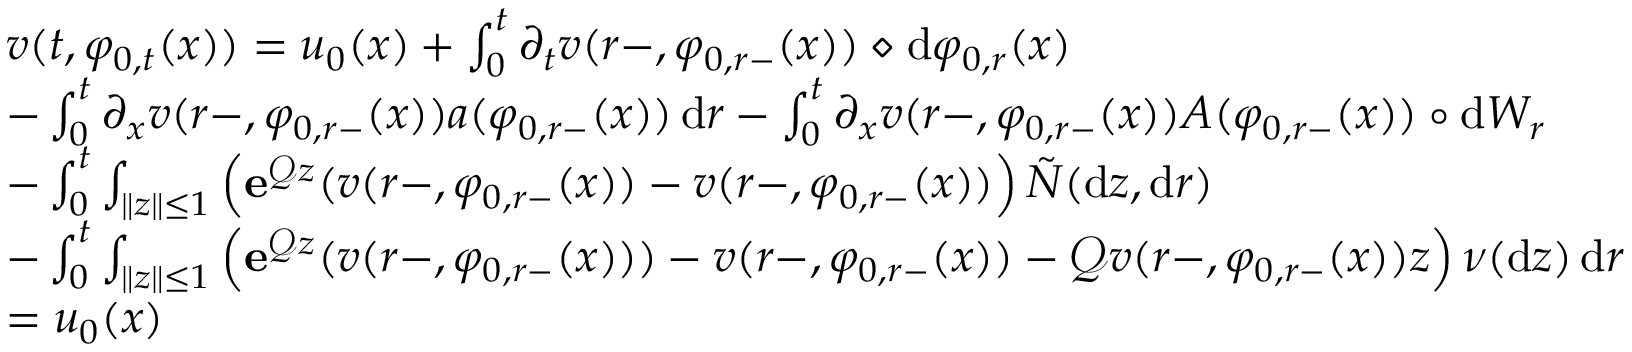
\begin{array} { r l } & { v ( t , \varphi _ { 0 , t } ( x ) ) = u _ { 0 } ( x ) + \int _ { 0 } ^ { t } \partial _ { t } v ( r - , \varphi _ { 0 , r - } ( x ) ) \diamond \mathrm { d } \varphi _ { 0 , r } ( x ) } \\ & { - \int _ { 0 } ^ { t } \partial _ { x } v ( r - , \varphi _ { 0 , r - } ( x ) ) a ( \varphi _ { 0 , r - } ( x ) ) \, \mathrm { d } r - \int _ { 0 } ^ { t } \partial _ { x } v ( r - , \varphi _ { 0 , r - } ( x ) ) A ( \varphi _ { 0 , r - } ( x ) ) \circ \mathrm { d } W _ { r } } \\ & { - \int _ { 0 } ^ { t } \int _ { \| z \| \leq 1 } \Big ( \mathbf { e } ^ { \mathcal { Q } z } ( v ( r - , \varphi _ { 0 , r - } ( x ) ) - v ( r - , \varphi _ { 0 , r - } ( x ) ) \Big ) \, \tilde { N } ( \mathrm { d } z , \mathrm { d } r ) } \\ & { - \int _ { 0 } ^ { t } \int _ { \| z \| \leq 1 } \Big ( \mathbf { e } ^ { \mathcal { Q } z } ( v ( r - , \varphi _ { 0 , r - } ( x ) ) ) - v ( r - , \varphi _ { 0 , r - } ( x ) ) - \mathcal { Q } v ( r - , \varphi _ { 0 , r - } ( x ) ) z \Big ) \, \nu ( \mathrm { d } z ) \, \mathrm { d } r } \\ & { = u _ { 0 } ( x ) } \end{array}